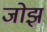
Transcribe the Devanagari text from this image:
जोझ